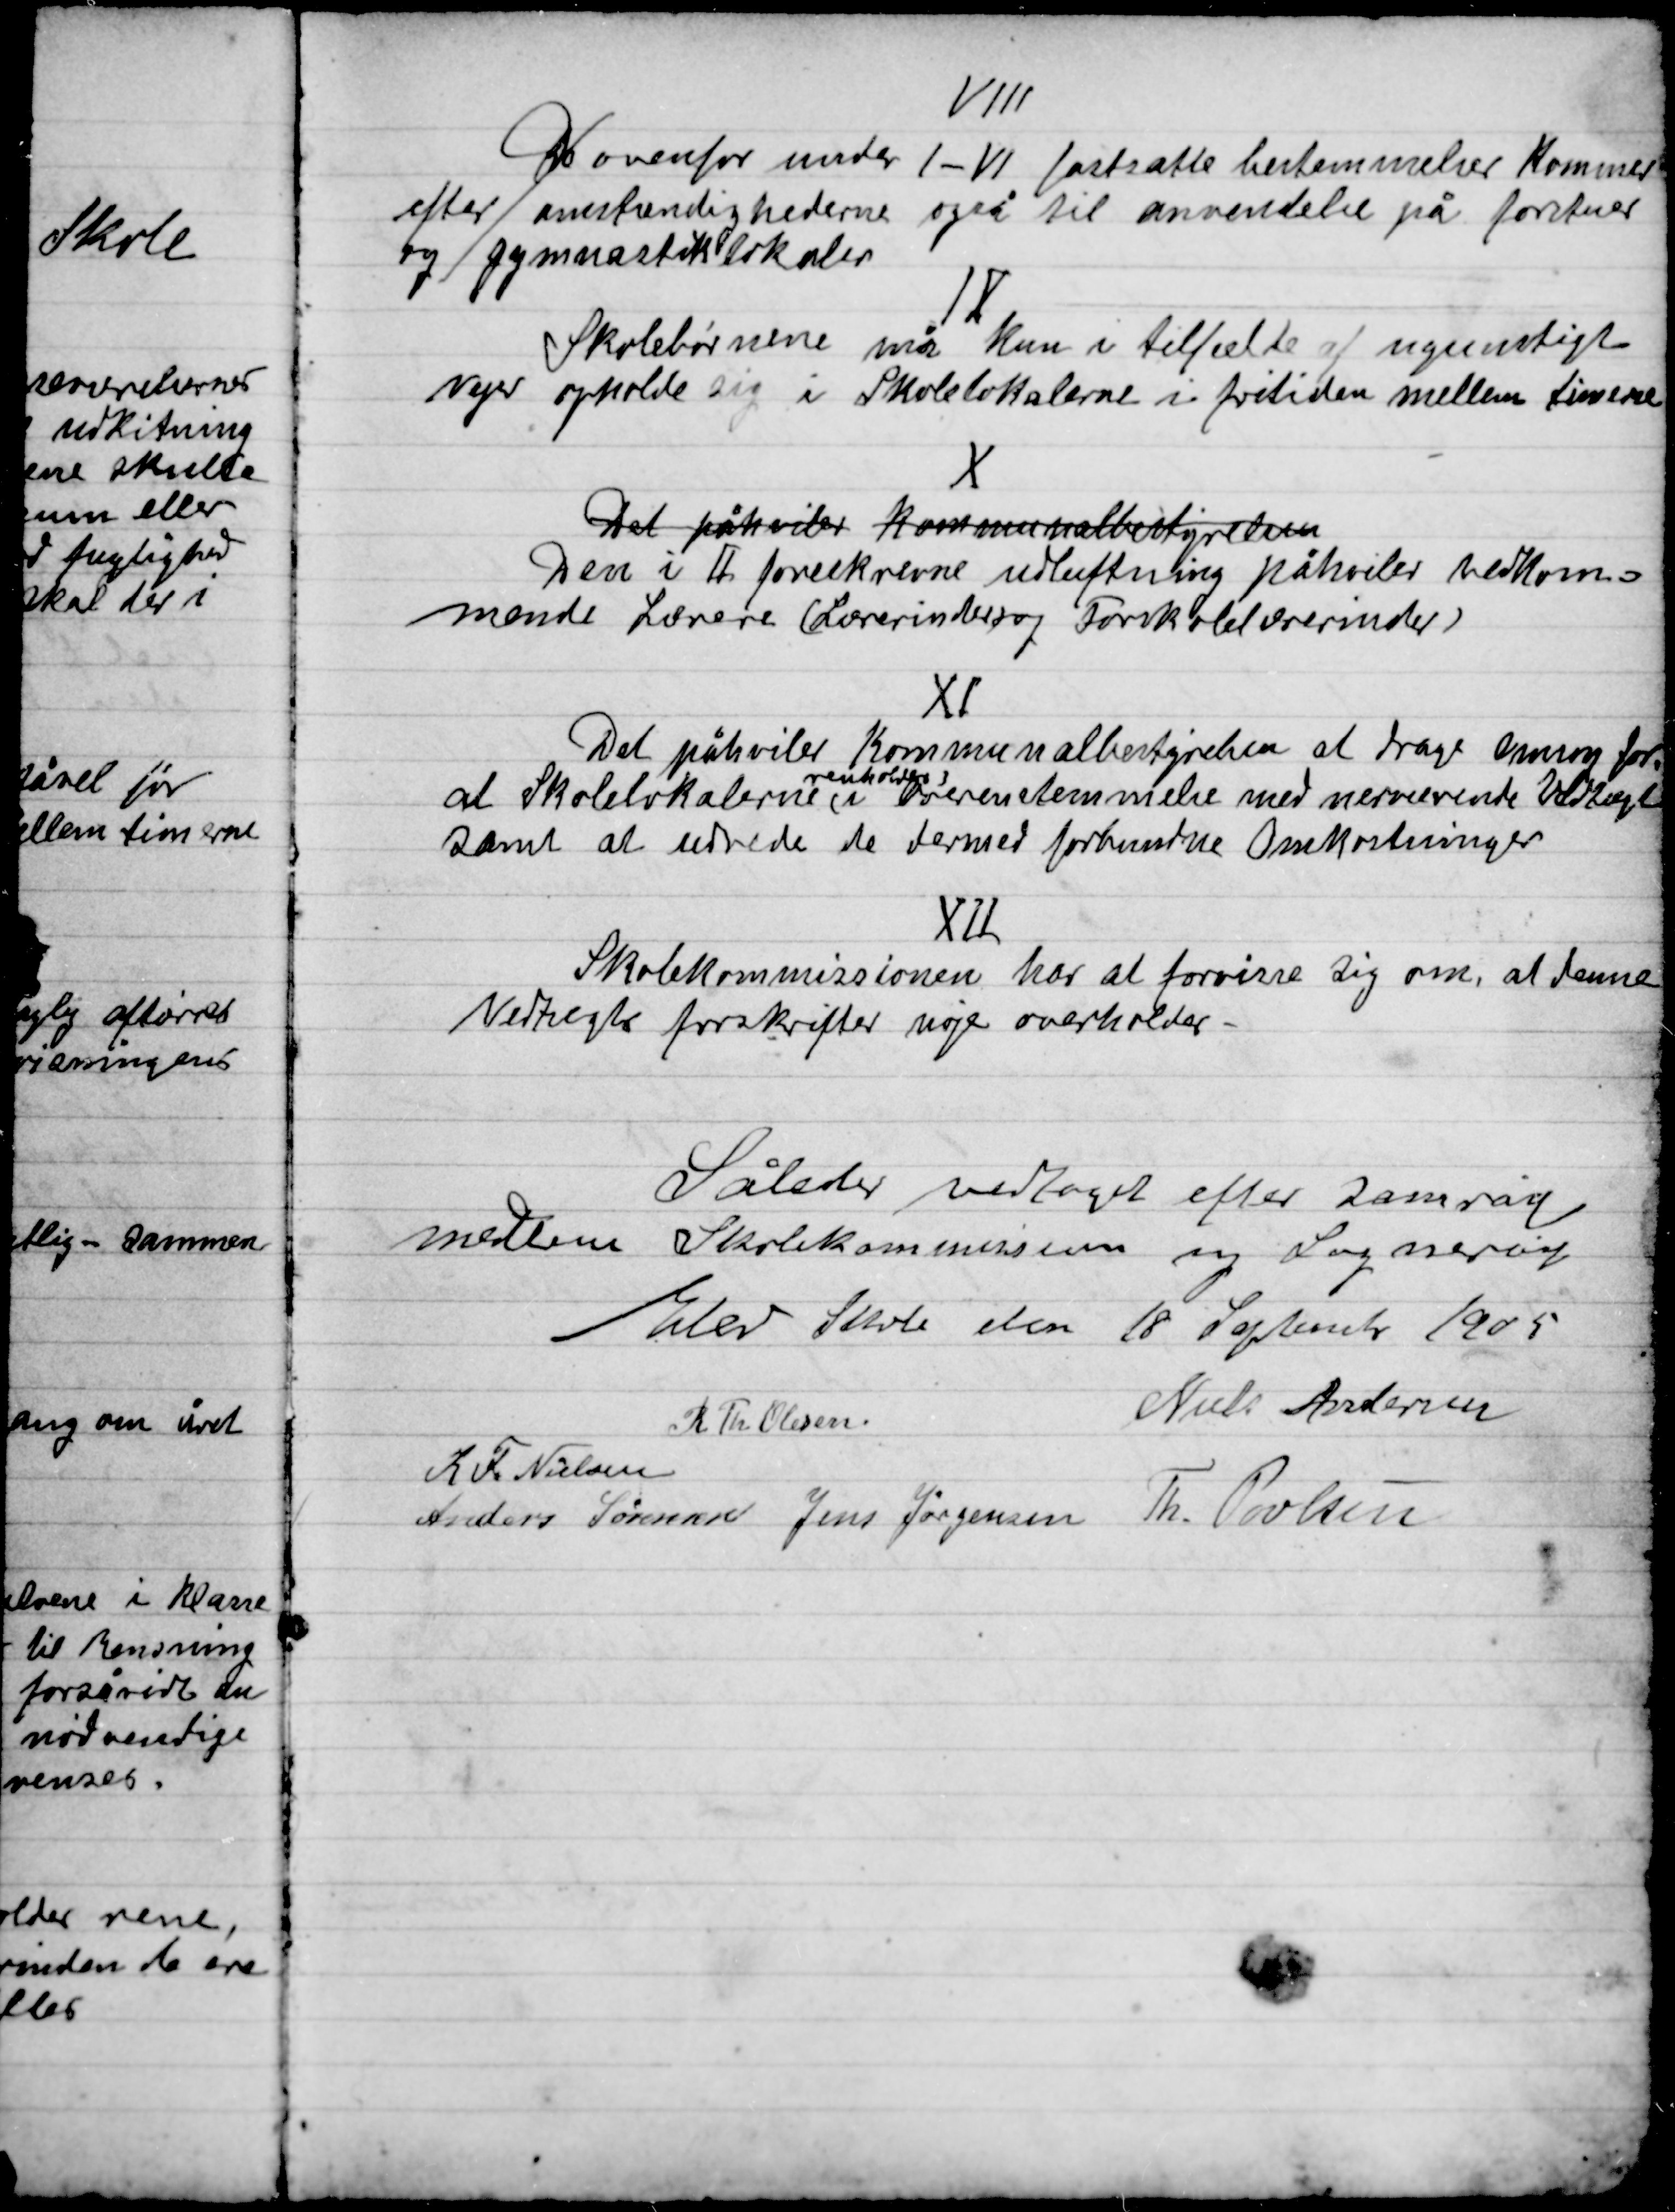
Transskription:
VIII

De ovenfor under I-VI fastsatte bestemmelser kommer
efter omstændighederne også til anvendelse på forstuer
og gymnastiklokaler

IX

Skolebørnene må kun i tilfælde af ugunstigt
Vejer opholde sig i Skolelokalerne i fritiden mellem timerne

X

Det påhviler Kommunalbestyrelsen
Den i II foreskrevne udluftning påhviler vedkom-
mende Lærere ( Lærerinder og Forskolelærerinder)

XI

Det påhviler Kommunalbestyrelsen at Drage omsorg for
at Skolelokalerne
renholdes
i Børnebestemmelse med nærværende Udvalg
Samt at udrede de dermed forbundne Omkostninger

XII

Skolekommissionen har at forvisse sig om, at denne
Vedtaget forskrifter søges overholdt

Således vedtaget efter samråd
mellem Skolekommissionen og Sognerådet
Elev Skole den 18 September 1905

R Th. Olesen
Niels Andersen
K. F. Nielsen
Anders Sørensen
Jens Jørgensen
Th. Povlsen